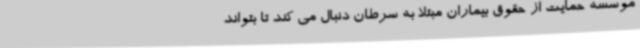
موسسه حمایت از حقوق بیماران مبتلا به سرطان دنبال می کند تا بتواند